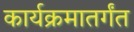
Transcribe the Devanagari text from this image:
कार्यक्रमातर्गंत